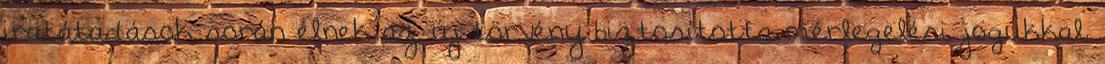
iratátadások során élnek az új törvény biztosította mérlegelési jogukkal,